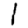
Digit: 1